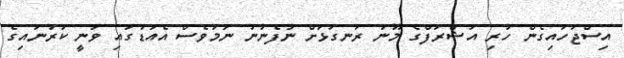
އިސްޖަހައިގެން ހުރި އަޝްރަފްގެ މޫނު ރަނގަޅަށް ނުފެނުނު ނަމަވެސް އެއަޑުގައި ވަނީ ކަރުނައިގެ